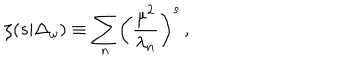
LaTeX: \zeta ( s \vert \Delta _ { \omega } ) \equiv \sum _ { n } \biggl ( { \frac { \mu ^ { 2 } } { \lambda _ { n } } } \biggr ) ^ { s } \, ,